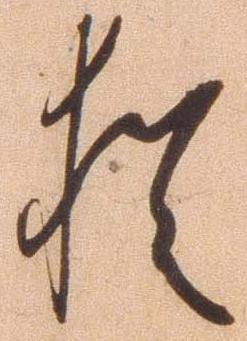
猶